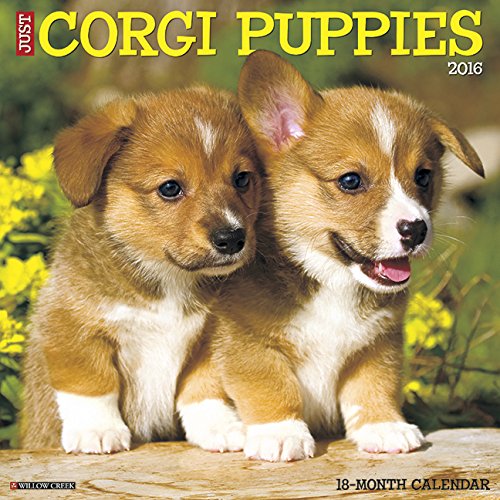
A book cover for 2016 Just Corgi Puppies Wall Calendar; Willow Creek Press; Calendars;